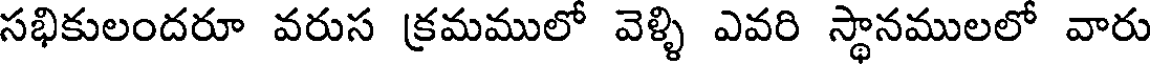
సభికులందరూ వరుస క్రమములో వెళ్ళి ఎవరి స్థానములలో వారు